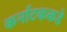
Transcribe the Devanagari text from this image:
कर्नाटककडे